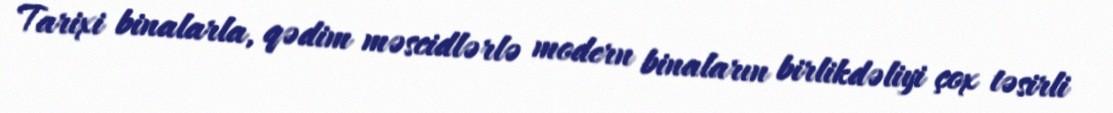
Tarixi binalarla, qədim məscidlərlə modern binaların birlikdəliyi çox təsirli